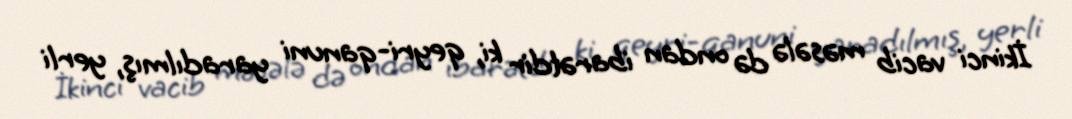
İkinci vacib məsələ də ondan ibarətdir ki, qeyri-qanuni yaradılmış, yerli